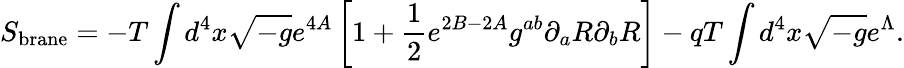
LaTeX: S_{\mathrm{brane}}=-T\int d^{4}x\sqrt{-g}e^{4A}\left[1+\frac{1}{2}e^{2B-2A}g^{ab}\partial_{a}R\partial_{b}R\right]-qT\int d^{4}x\sqrt{-g}e^{\Lambda}.